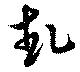
卦